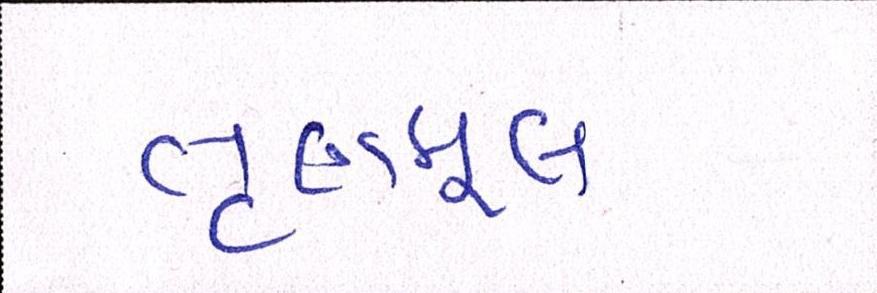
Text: તૃણમૂલ